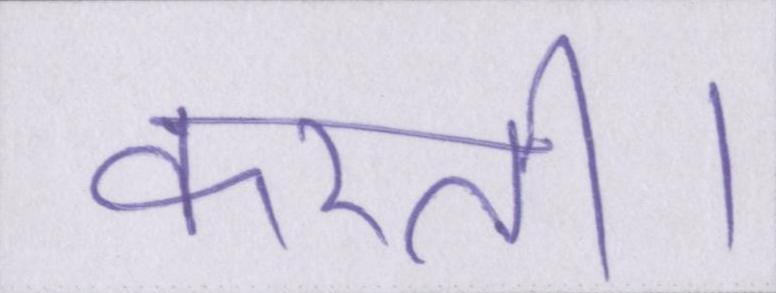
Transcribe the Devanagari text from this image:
करती।